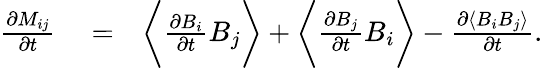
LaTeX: \begin{array}{rlr}{\frac{\partial M_{ij}}{\partial t}}&{{}=}&{\bigg\langle\frac{\partial B_{i}}{\partial t}B_{j}\bigg\rangle+\bigg\langle\frac{\partial B_{j}}{\partial t}B_{i}\bigg\rangle-\frac{\partial\langle B_{i}B_{j}\rangle}{\partial t}.}\end{array}